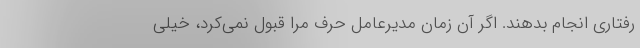
رفتاری انجام بدهند. اگر آن زمان مدیرعامل حرف مرا قبول نمی‌کرد، خیلی